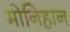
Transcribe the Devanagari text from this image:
मोनिहान